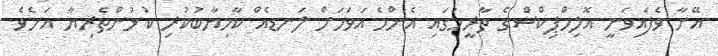
އޭނާ ވެފައިވަނީ އޮލިމްޕިކްސްގެ ތާރީހުގައި އެންމެ އަވަހަށް ލަނޑެއް ކާމިޔާބުކުރި ކުޅުންތެރިޔާ އަށެވެ.